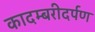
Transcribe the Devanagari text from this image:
कादम्बरीदर्पण